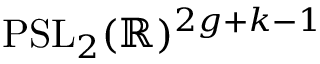
\mathrm { P S L } _ { 2 } ( \mathbb { R } ) ^ { 2 g + k - 1 }